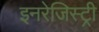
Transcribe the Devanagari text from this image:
इनरेजिस्ट्री